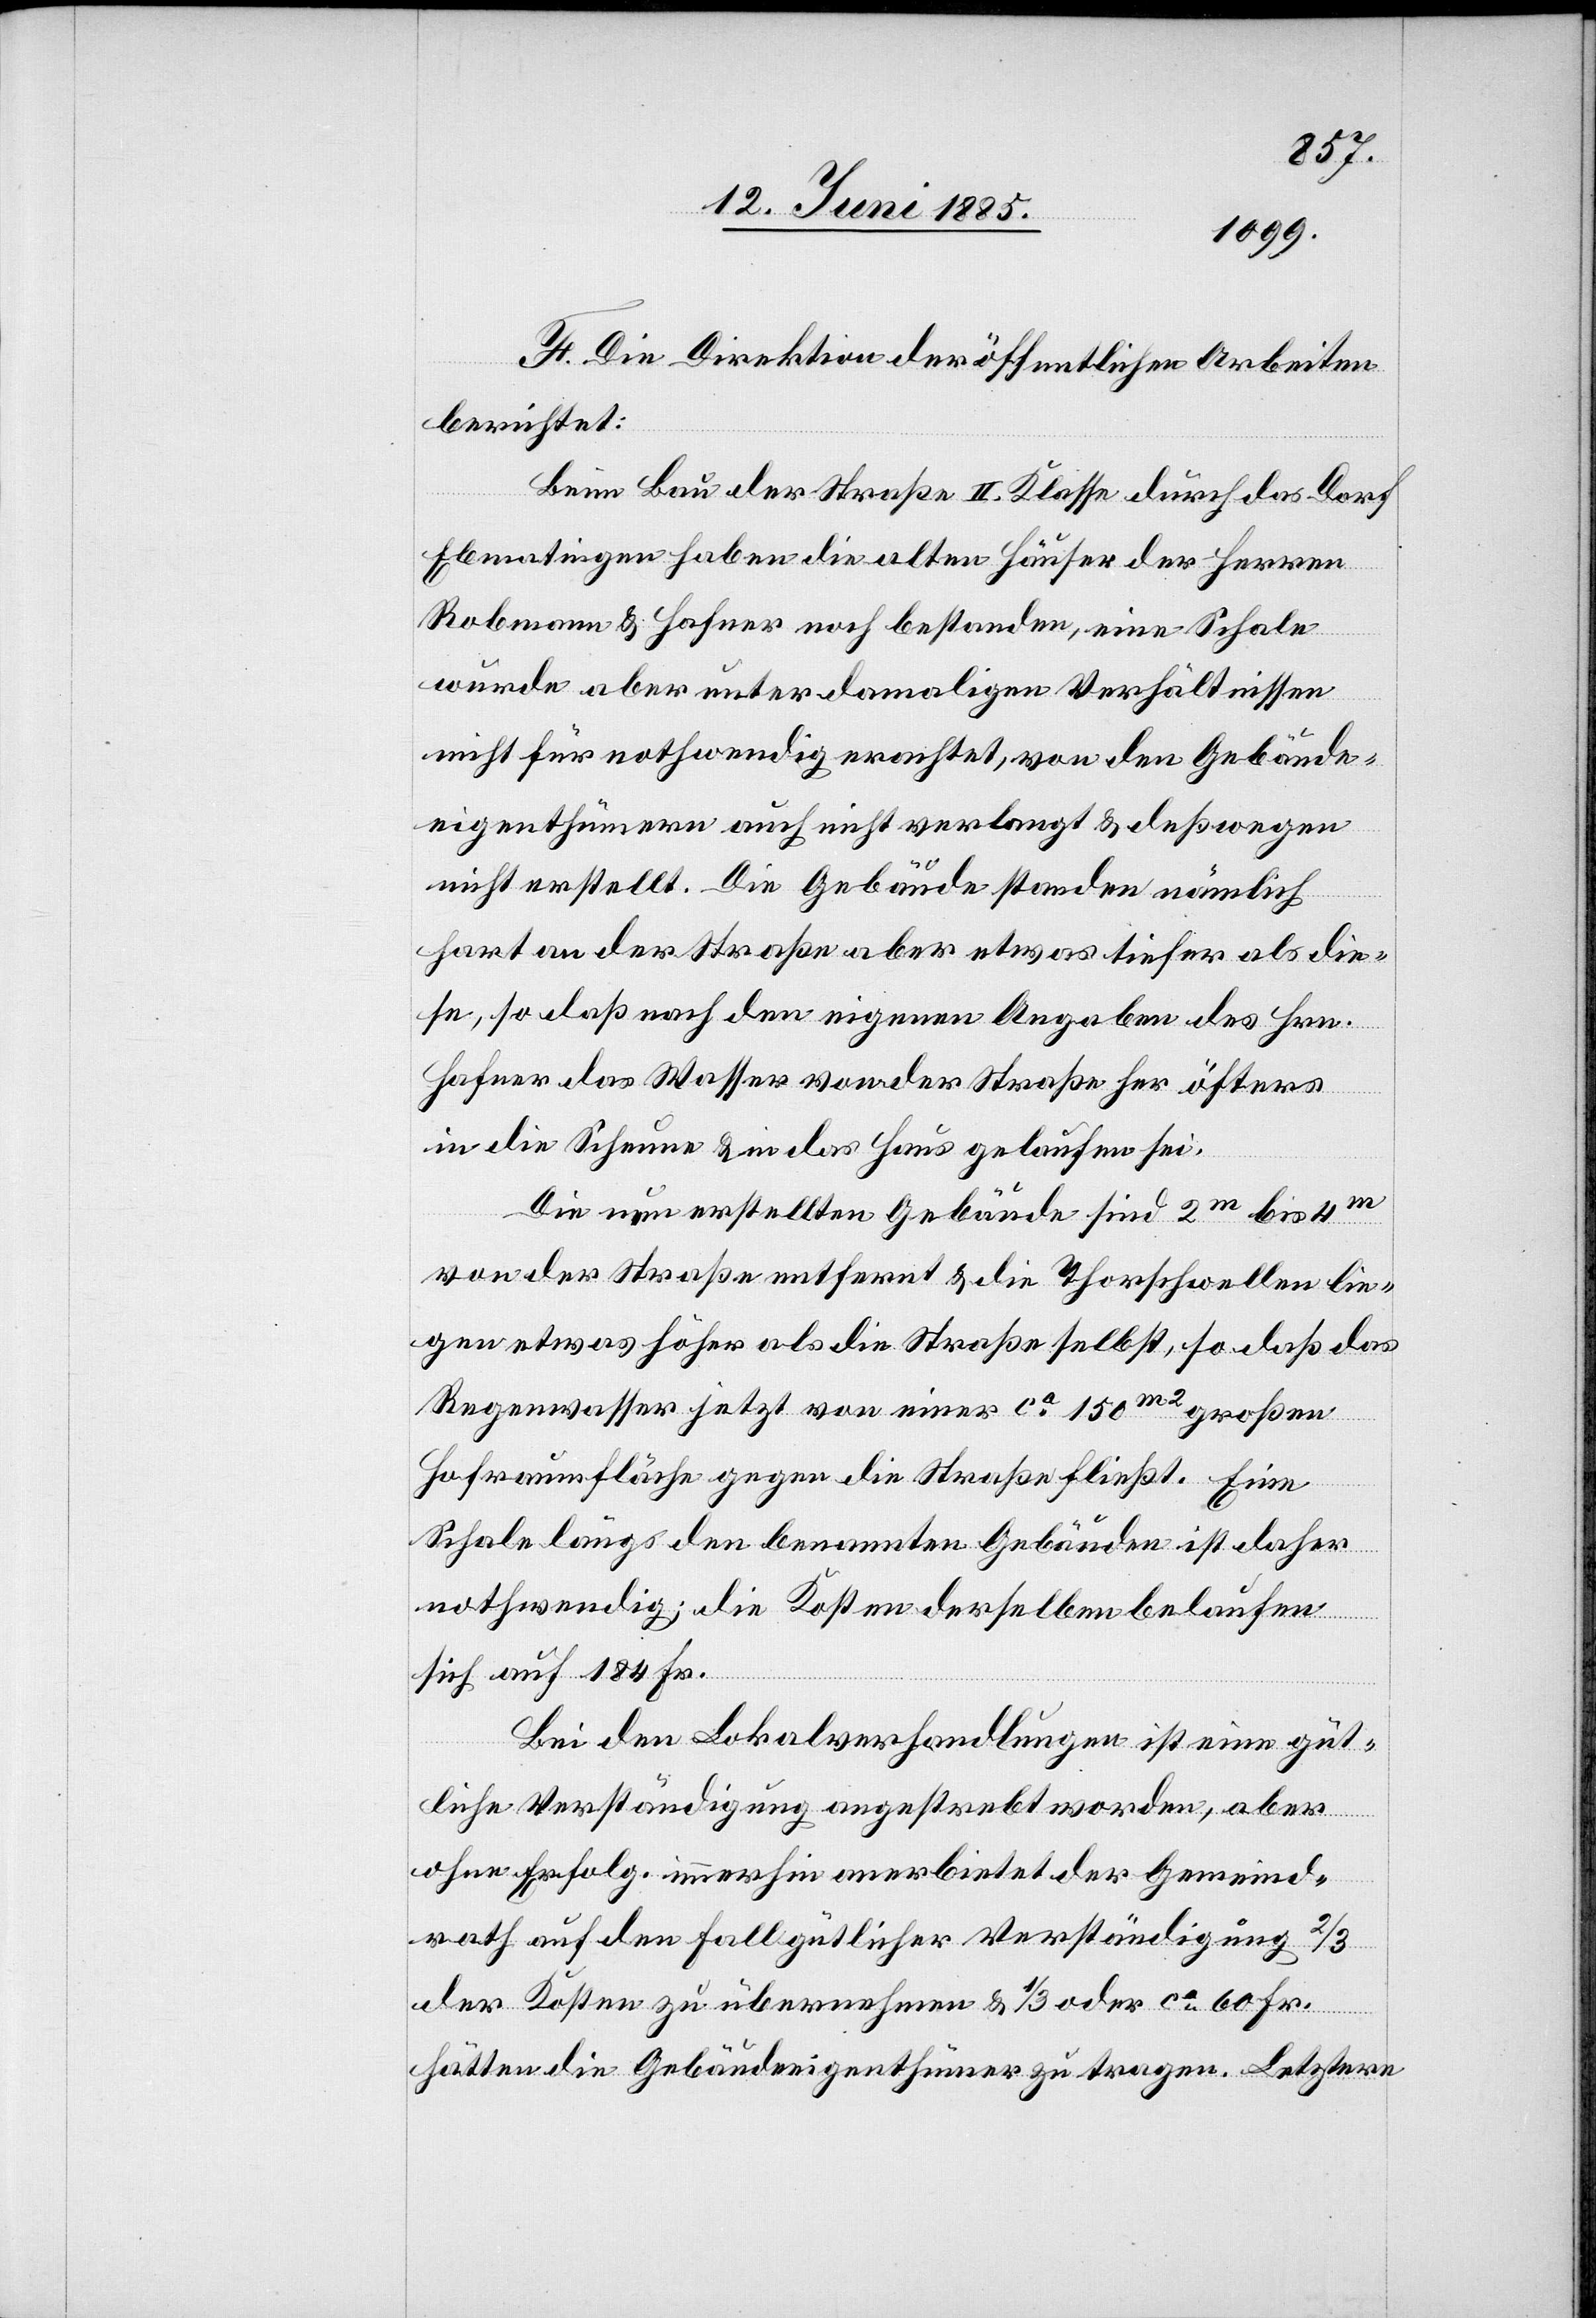
F. Die Direktion der öffentlichen Arbeiten
berichtet:
Beim Bau der Straße II. Klasse durch das Dorf
Ebmatingen haben die alten Häuser der Herren
Robmann & Hafner noch bestanden, eine Schale
wurde aber unter damaligen Verhältnissen
nicht für nothwendig erachtet, von den Gebäude¬
eigenthümern auch nicht verlangt & deßwegen
nicht erstellt. Die Gebäude standen nämlich
hart an der Straße aber etwas tiefer als die¬
se, so daß nach den eigenen Angaben des Hrn.
Hafner das Wasser von der Straße her öfters
in die Scheune & in das Haus gelaufen sei.
Die neu erstellten Gebäude sind 2 m bis 4 m
von der Straße entfernt & die Thorschwellen lie¬
gen etwas höher als die Straße selbst, so daß das
Regenwasser jetzt von einer ca 150 m2 großen
Hofraumfläche gegen die Straße fließt. Eine
Schale längs den benannten Gebäuden ist daher
nothwendig; die Kosten derselben belaufen
sich auf 184 Fr.
Bei den Lokalverhandlungen ist eine güt¬
liche Verständigung angestrebt worden, aber
ohne Erfolg. Immerhin anerbietet der Gemeind¬
rath auf den Fall gütlicher Verständigung 2/3
der Kosten zu übernehmen & 1/3 oder ca 60 Fr.
hätten die Gebäudeeigenthümer zu tragen. Letztere